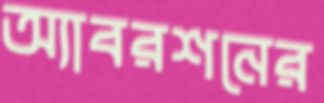
অ্যাবরশনের